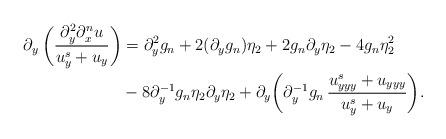
LaTeX: \begin{align*}\partial_y\left(\frac{{\partial^2_{y} {\partial^n_x u}}}{u^s_y + {u}_y}\right)&=\partial^2_y g_n + 2 (\partial_y g_n) \eta_2 + 2g_n \partial_y \eta_2 - 4g_n\eta_2^2\\ &- 8 \partial_y^{-1} g_n \eta_2 \partial_y \eta_2 + \partial_y\bigg(\partial_y^{-1} g_n\, \frac{u_{yyy}^s + {u}_{yyy}}{u^s_y + {u}_y}\bigg).\end{align*}